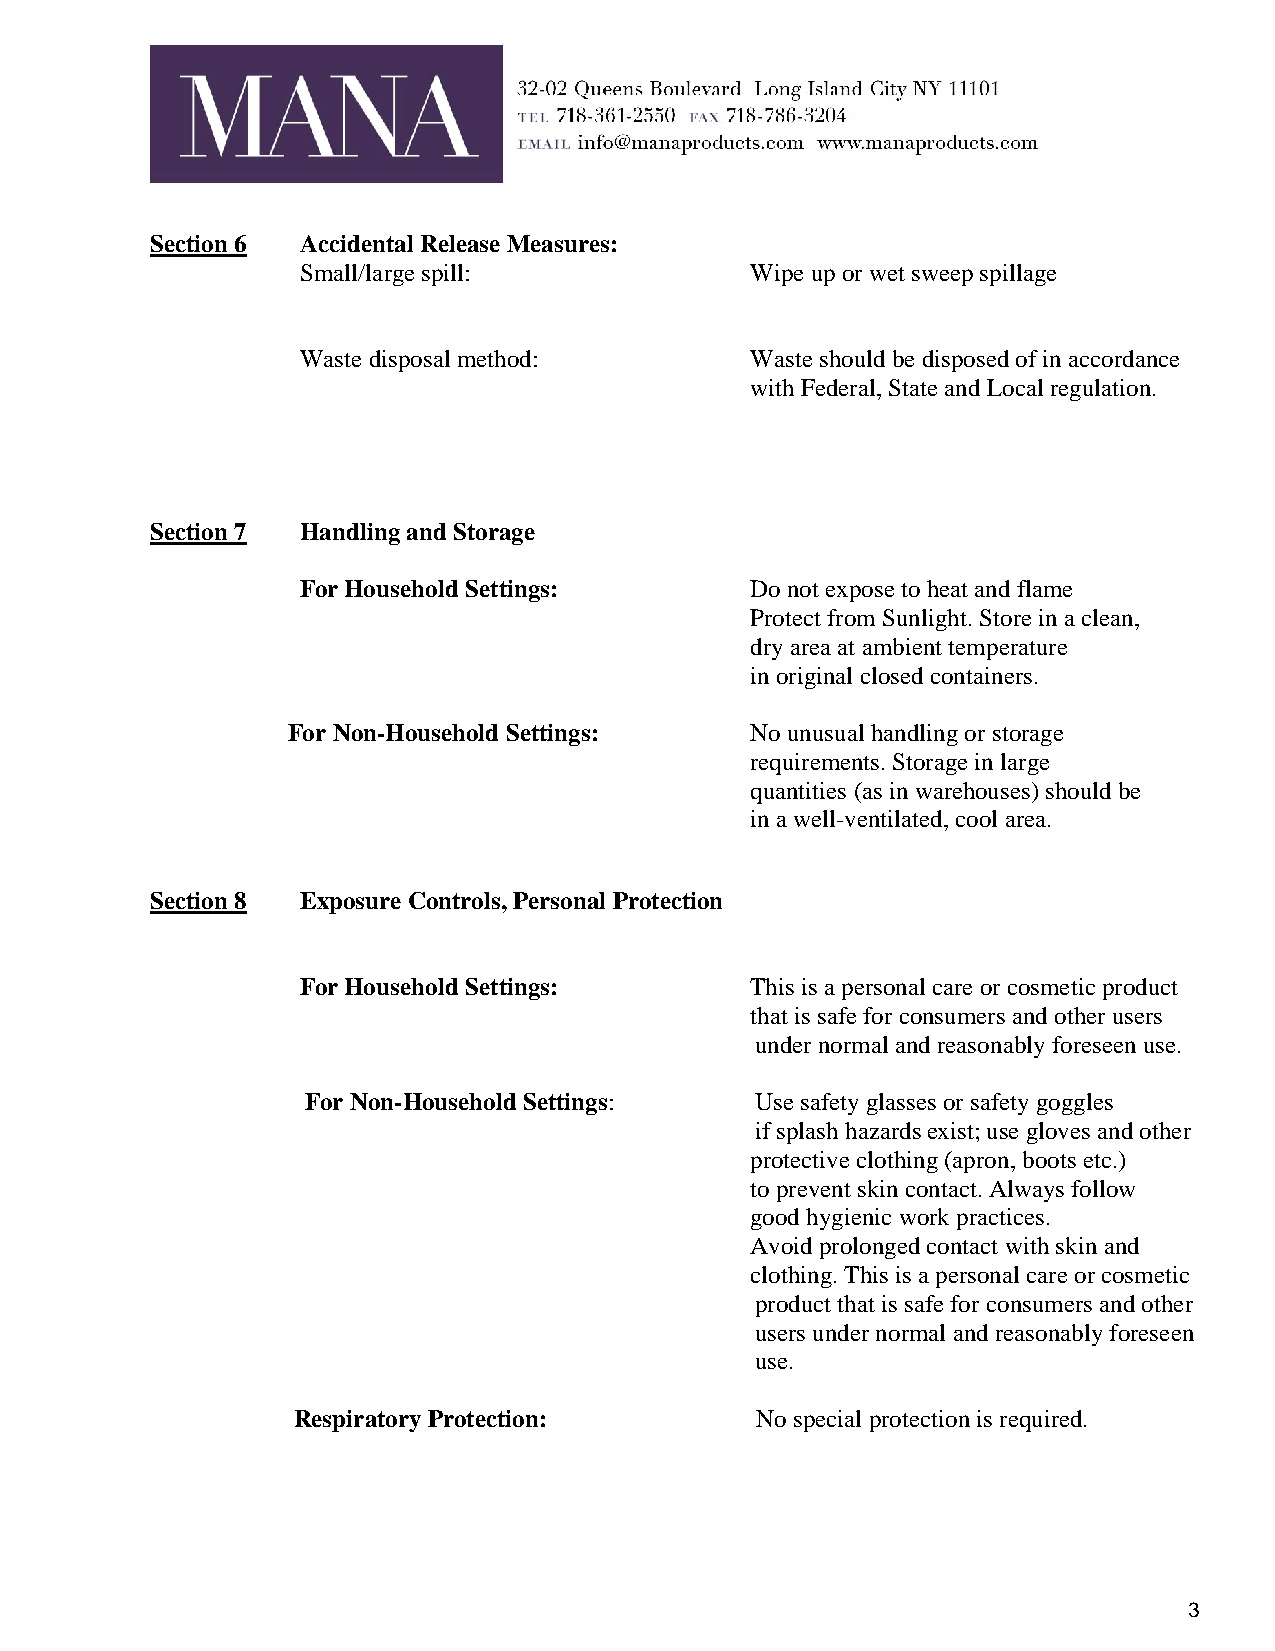
Section 6 Accidental Release Measures:
 Small/large spill:            Wipe up or wet sweep spillage
 Waste disposal method:        Waste should be disposed of in accordance
 with Federal, State and Local regulation.
 Section 7 Handling and Storage
 For Household Settings:       Do not expose to heat and flame
 Protect from Sunlight. Store in a clean,
 dry area at ambient temperature
 in original closed containers.
 For Non-Household Settings:    No unusual handling or storage
 requirements. Storage in large
 quantities (as in warehouses) should be
 in a well-ventilated, cool area.
 Section 8 Exposure Controls, Personal Protection
 For Household Settings:       This is a personal care or cosmetic product
 that is safe for consumers and other users
 under normal and reasonably foreseen use.
 For Non-Household Settings:   Use safety glasses or safety goggles
 if splash hazards exist; use gloves and other
 protective clothing (apron, boots etc.)
 to prevent skin contact. Always follow
 good hygienic work practices.
 Avoid prolonged contact with skin and
 clothing. This is a personal care or cosmetic
 product that is safe for consumers and other
 users under normal and reasonably foreseen
 use.
 Respiratory Protection:        No special protection is required.
 3